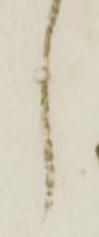
し